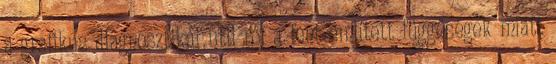
a grafikus diagnosztikai util-ról a fent említett függőségek miatt